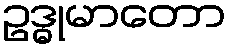
ဥဒ္ဓုမာတော